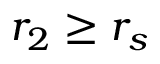
r _ { 2 } \geq r _ { s }